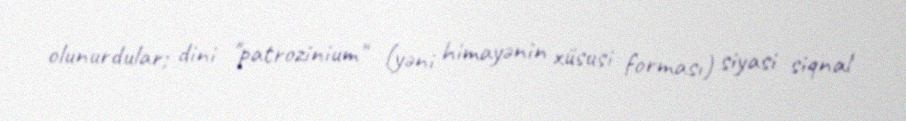
olunurdular; dini "patrozinium" (yəni himayənin xüsusi forması) siyasi siqnal